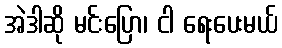
အဲဒါဆို မင်းပြော၊ ငါ ရေးပေးမယ်